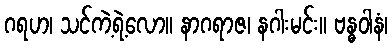
ဂရဟ၊ သင်ကဲ့ရဲ့လော။ နာဂရာဇ၊ နဂါးမင်း။ ဗန္ဓဝါနံ၊